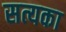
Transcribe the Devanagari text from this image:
सत्यका